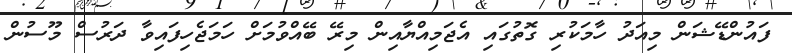
ފައުންޑޭޝަން މިއަދު ހާމަކުރި ގޮތުގައި އެޖަމިއްޔާއިން މިރޭ ބޭއްވުމަށް ހަމަޖެހިފައިވާ ދަރުސް މޫސުން